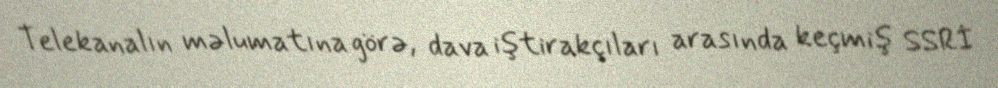
Telekanalın məlumatına görə, dava iştirakçıları arasında keçmiş SSRİ